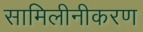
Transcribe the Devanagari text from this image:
सामिलीनीकरण